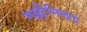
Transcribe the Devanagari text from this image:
मल्लीनिलाव